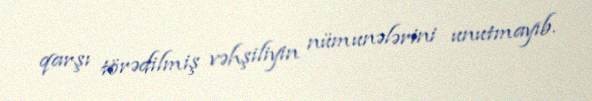
qarşı törədilmiş vəhşiliyin nümunələrini unutmayıb.